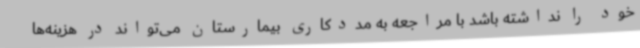
خود را نداشته باشد با مراجعه به مددکاری بیمارستان می‌تواند در هزینه‌ها